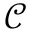
\mathcal { C }